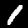
Digit: 1